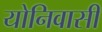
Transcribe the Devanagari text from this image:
योनिवासी